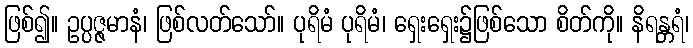
ဖြစ်၍။ ဥပ္ပဇ္ဇမာနံ၊ ဖြစ်လတ်သော်။ ပုရိမံ ပုရိမံ၊ ရှေးရှေး၌ဖြစ်သော စိတ်ကို။ နိရန္တရံ၊